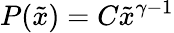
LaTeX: P(\tilde{x})=C\tilde{x}^{\gamma-1}